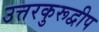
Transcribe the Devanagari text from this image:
उत्तरकुरूद्वीप